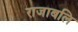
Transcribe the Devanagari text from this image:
राजाबलि